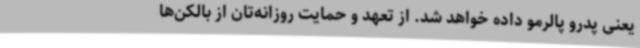
یعنی پدرو پالرمو داده خواهد شد. از تعهد و حمایت روزانه‌تان از بالکن‌ها